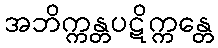
အဘိက္ကန္တပဋိက္ကန္တေ